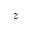
z